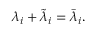
\lambda _ { i } + \tilde { \lambda } _ { i } = \bar { \lambda } _ { i } .